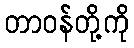
တာဝန်တို့ကို